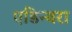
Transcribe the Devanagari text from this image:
एडिन्बरा